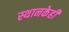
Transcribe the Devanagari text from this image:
स्थानकेही